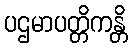
ပဌမာပတ္တိကန္တိ